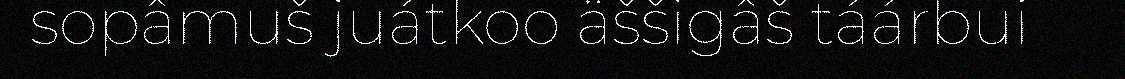
sopâmuš juátkoo äššigâš táárbui